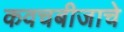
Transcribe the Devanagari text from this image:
कवचबीजाचे